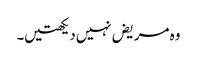
وہ مریض‌نہیں‌دیکھتیں۔